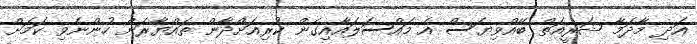
އަދި މާދަމާ ޝަރީއަތް ބޭއްވިޔަސް އެ މައްސަލައާއިގެން ކުރިއަށްދާން ތައްޔާރަށް ހުންނެވި ކަމަށް